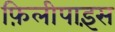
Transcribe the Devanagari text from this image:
फ़िलीपाइंस